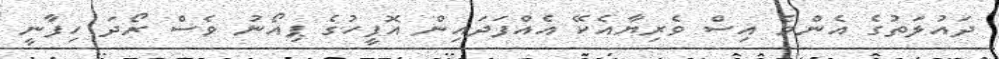
ދައުލަތުގެ އެންމެ އިސް ވެރިޔާއެކޭ އެއްފަދައިން އޮފީހުގެ ޕިއޯނު ވެސް ރޯދަ ހިފާނީ